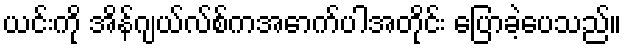
ယင်းကို အိန်ဂျယ်လ်စ်ကအောက်ပါအတိုင်း ပြောခဲ့ပေသည်။